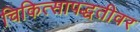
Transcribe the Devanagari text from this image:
चिकित्सापद्धतीवर